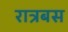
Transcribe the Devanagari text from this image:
रात्रबस